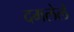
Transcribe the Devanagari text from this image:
दमलेले